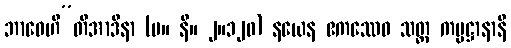
ဘာဝေဟီ”တိအာဒိနာ (မ။ နိ။ ၂။၁၂၀) နယေန ဧကဿေဝ သတ္တ ကမ္မဋ္ဌာနာနိ